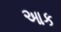
આક